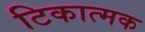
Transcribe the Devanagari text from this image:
टिकात्मक